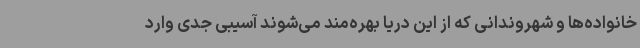
خانواده‌ها و شهروندانی که از این دریا بهره‌مند می‌شوند آسیبی جدی وارد